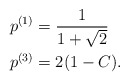
\begin{align*}&p^{(1)}=\frac{1}{1+\sqrt{2}}\\ &p^{(3)}=2(1-C). \end{align*}